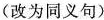
(改为同义句)